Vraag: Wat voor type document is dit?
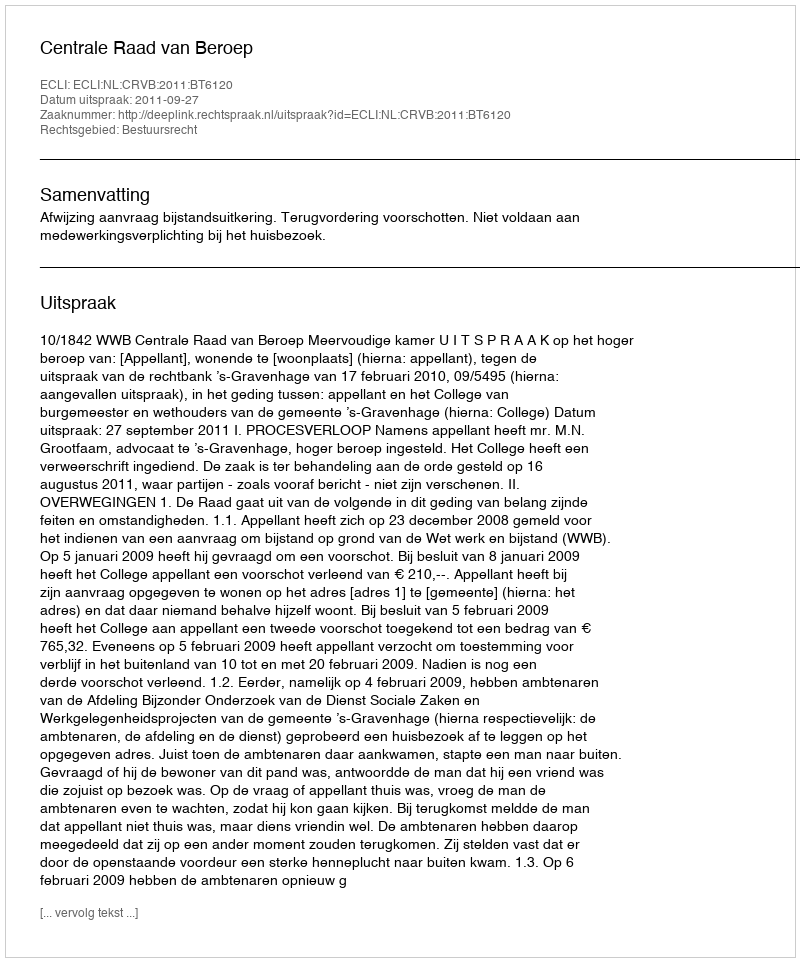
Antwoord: Uitspraak